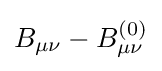
B_{\mu \nu }-B_{\mu \nu }^{(0)}